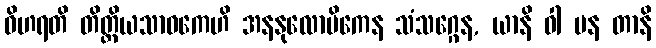
ဝိဟရတိ တိတ္ထိယသာဝကေဟိ အနနုလောမိကေန သံသဂ္ဂေန, ယာနိ ဝါ ပန တာနိ